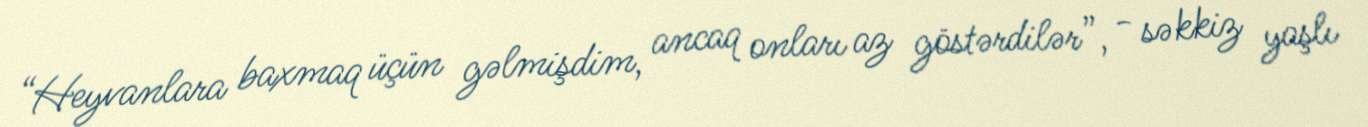
“Heyvanlara baxmaq üçün gəlmişdim, ancaq onları az göstərdilər”, - səkkiz yaşlı